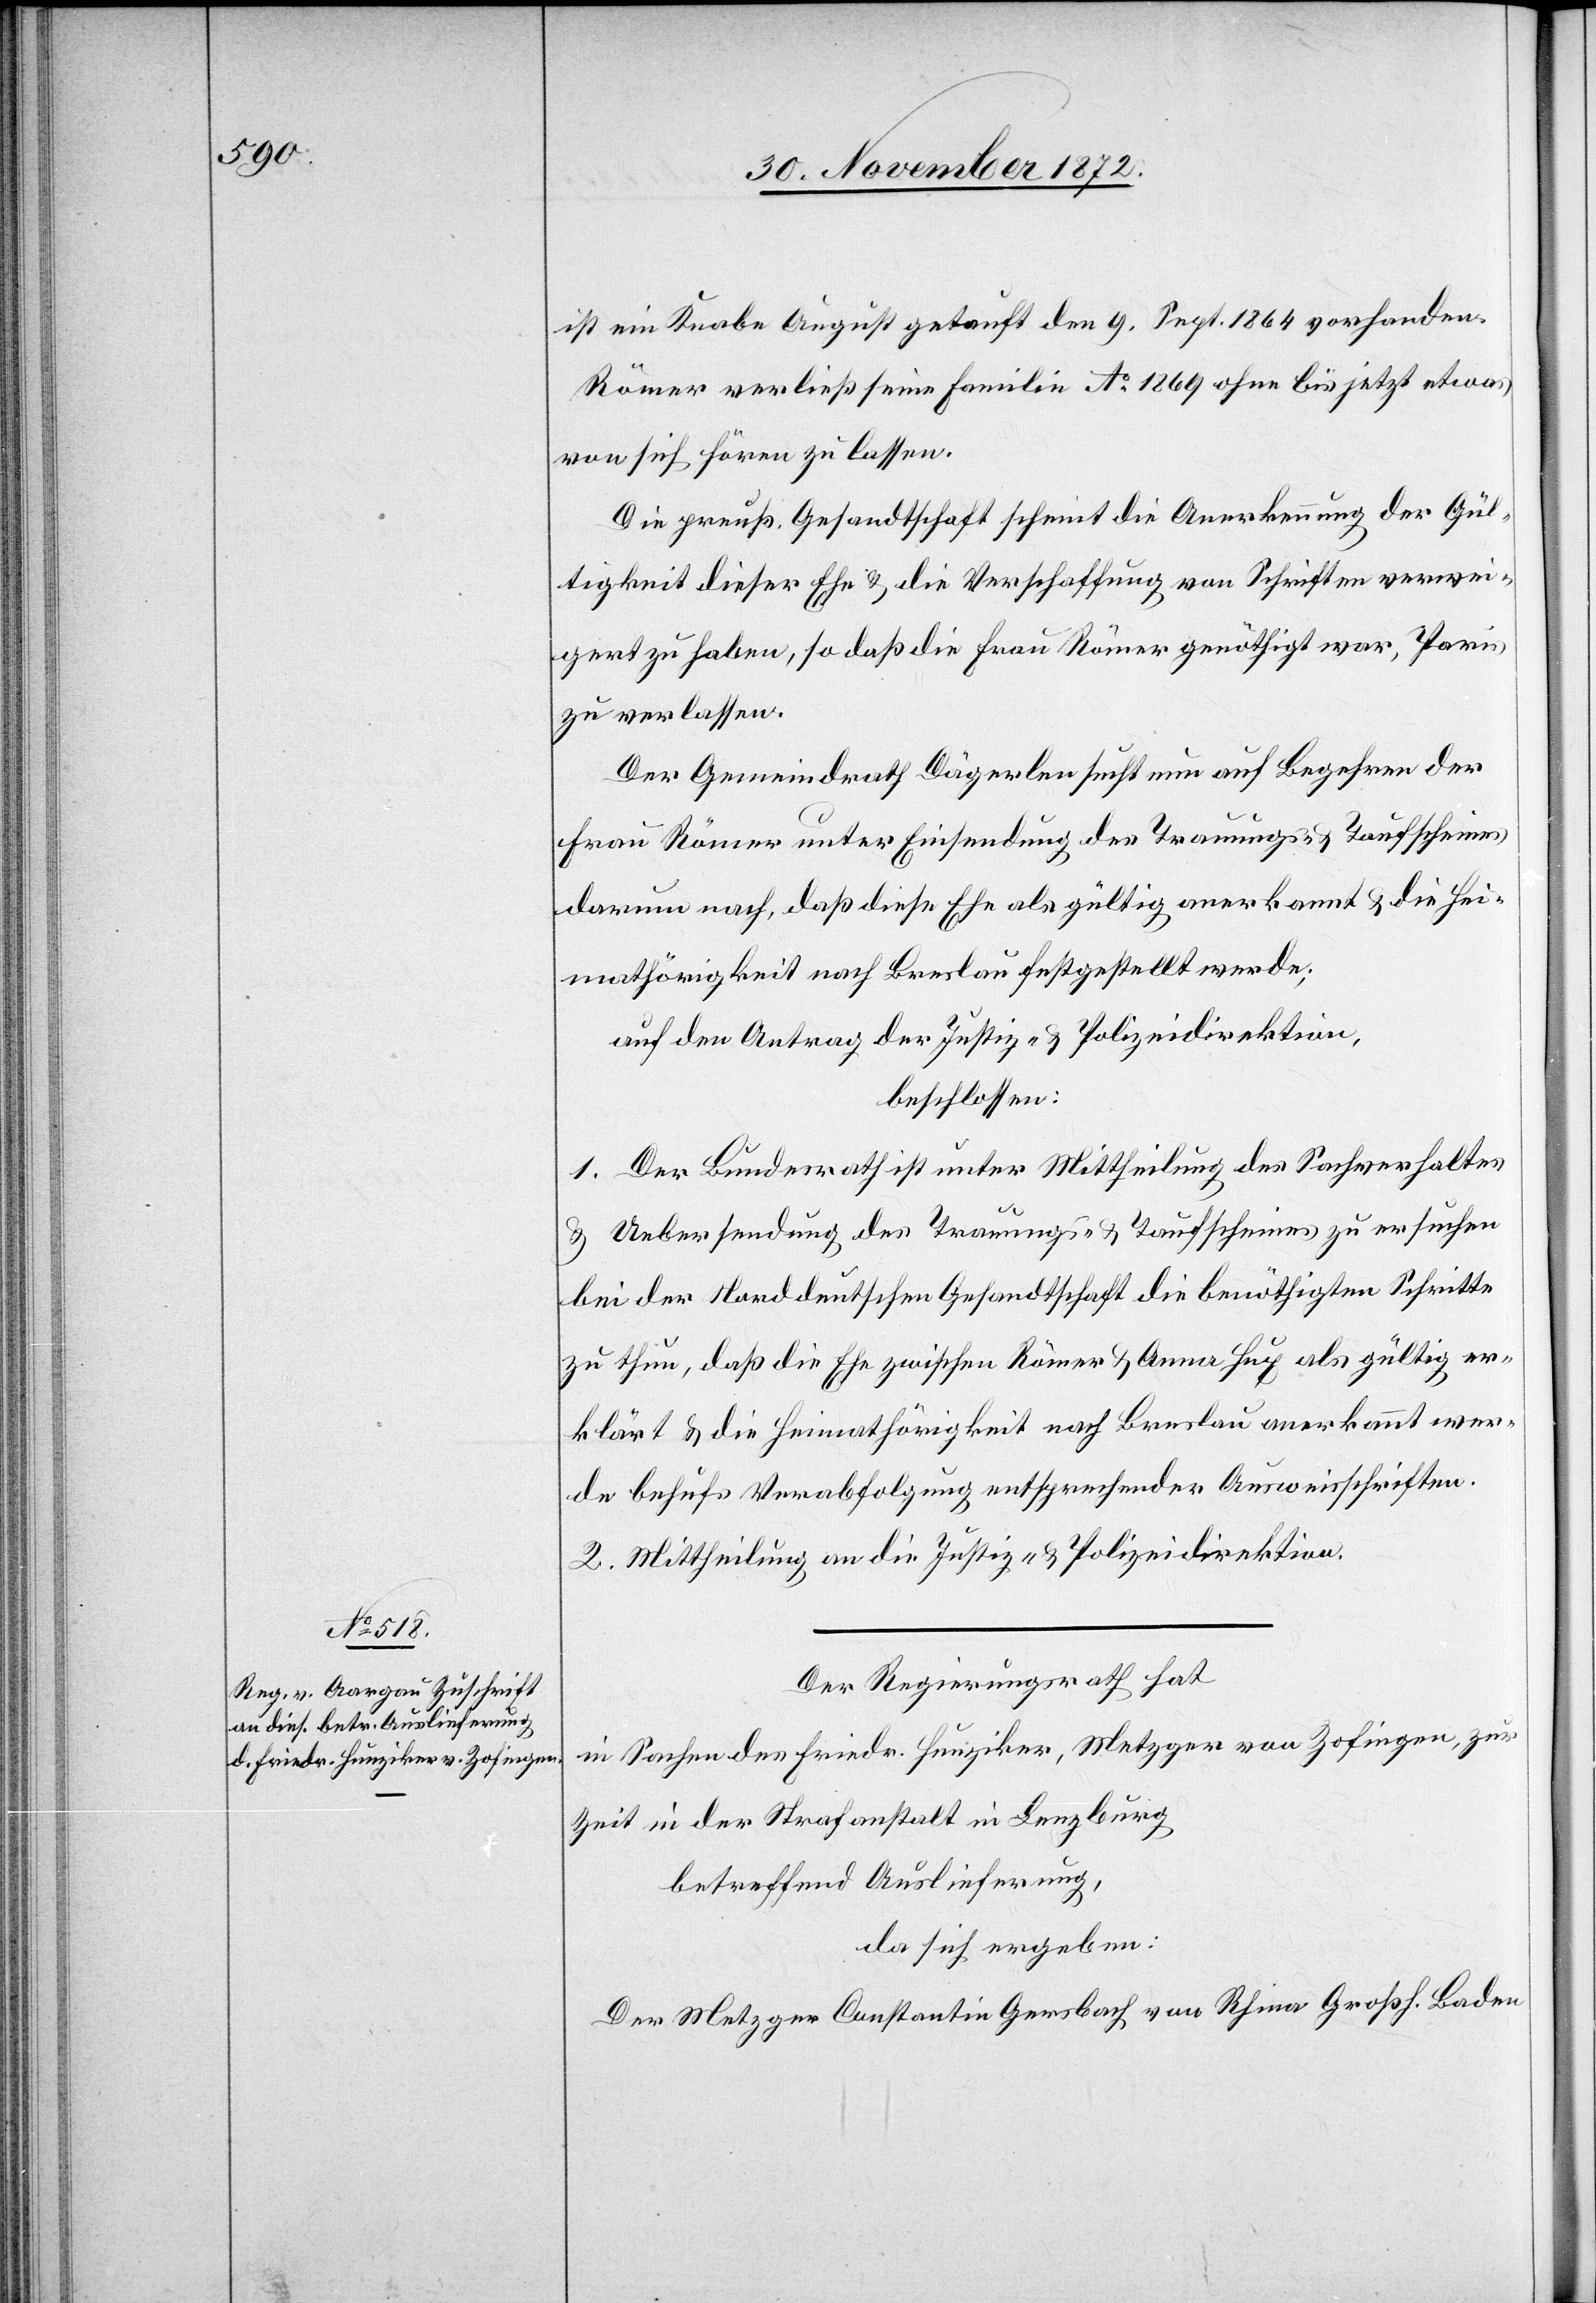
ist ein Knabe August getauft den 9. Sept. 1864 vorhanden.
Römer verließ seine Familie Ao 1869 ohne bis jetzt etwas
von sich hören zu lassen.
Die preuß. Gesandtschaft scheint die Anerkennung der Gül¬
tigkeit dieser Ehe u. die Verschaffung von Schriften verwei¬
gert zu haben, so daß die Frau Römer genöthigt war, Paris
zu verlassen.
Der Gemeindrath Dägerlen sucht nun auf Begehren der
Frau Römer unter Einsendung des Trauungs- u. Taufscheines
darum nach, daß diese Ehe als gültig anerkannt u. die Hei¬
mathörigkeit nach Breslau festgestellt werde;
auf den Antrag der Justiz- u. Polizeidirektion,
beschlossen:
1. Der Bundesrath ist unter Mittheilung des Sachverhaltes
u. Uebersendung des Trauungs- u. Taufscheines zu ersuchen
bei der Norddeutschen Gesandtschaft die benöthigten Schritte
zu thun, daß die Ehe zwischen Römer u. Anna Hug als gültig er¬
klärt u. die Heimathörigkeit nach Breslau anerkannt wer¬
de behufs Verabfolgung entsprechender Ausweisschriften.
2. Mittheilung an die Justiz- u. Polizeidirektion.
Der Regierungsrath hat
in Sachen des Friedr. Hunziker, Metzger von Zofingen, zur
Zeit in der Strafanstalt in Lenzburg
betreffend Auslieferung,
da sich ergeben:
Der Metzger Constantin Gersbach von Rhina Großh. Baden